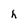
Character: h